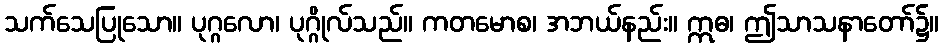
သက်သေပြုသော။ ပုဂ္ဂလော၊ ပုဂ္ဂိုလ်သည်။ ကတမောစ၊ အဘယ်နည်း။ ဣဓ၊ ဤသာသနာတော်၌။